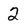
Character: 2